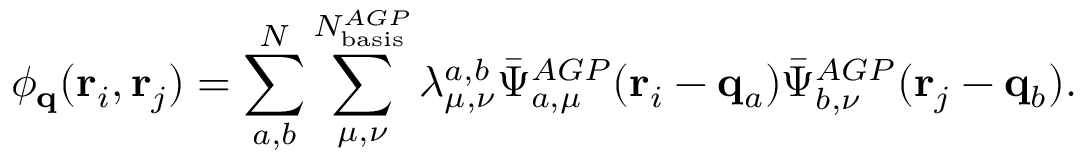
\phi _ { \mathbf { q } } ( \mathbf { r } _ { i } , \mathbf { r } _ { j } ) = \sum _ { a , b } ^ { N } \sum _ { \mu , \nu } ^ { N _ { \mathrm { b a s i s } } ^ { A G P } } \lambda _ { \mu , \nu } ^ { a , b } \bar { \Psi } _ { a , \mu } ^ { A G P } ( \mathbf { r } _ { i } - \mathbf { q } _ { a } ) \bar { \Psi } _ { b , \nu } ^ { A G P } ( \mathbf { r } _ { j } - \mathbf { q } _ { b } ) .